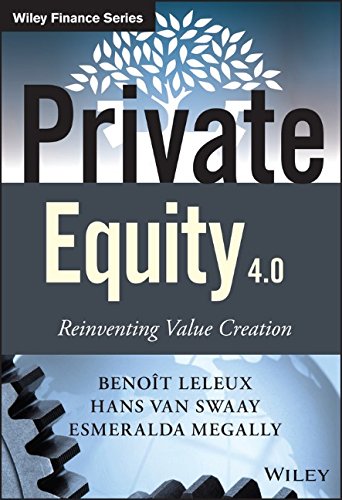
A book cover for Private Equity 4.0: Reinventing Value Creation (The Wiley Finance Series); BenoÃEÂ®t Leleux; Business & Money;